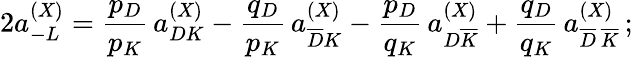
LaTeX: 2a_{-L}^{(X)}=\frac{p_{D}}{p_{K}}\, a_{DK}^{(X)}-\frac{q_{D}}{p_{K}}\, a_{\overline{{D}}K}^{(X)}-\frac{p_{D}}{q_{K}}\, a_{D\overline{{K}}}^{(X)}+\frac{q_{D}}{q_{K}}\, a_{\overline{{D}}\, \overline{{K}}}^{(X)}\, ;